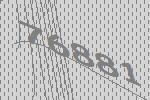
76881